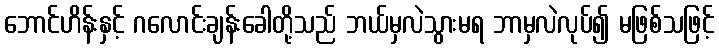
ဘောင်ဟိန်းနှင့် ဂလောင်းချန်းခေါတို့သည် ဘယ်မှလဲသွားမရ ဘာမှလဲလုပ်၍ မဖြစ်သဖြင့်